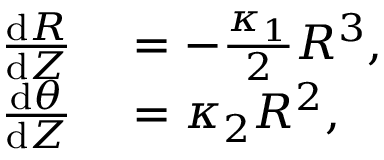
\begin{array} { r l } { \frac { \mathrm { d } R } { \mathrm { d } Z } } & { { } = - \frac { \kappa _ { 1 } } { 2 } R ^ { 3 } , } \\ { \frac { \mathrm { d } \theta } { \mathrm { d } Z } } & { { } = \kappa _ { 2 } R ^ { 2 } , } \end{array}